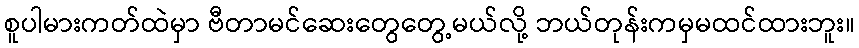
စူပါမားကတ်ထဲမှာ ဗီတာမင်ဆေးတွေတွေ့မယ်လို့ ဘယ်တုန်းကမှမထင်ထားဘူး။